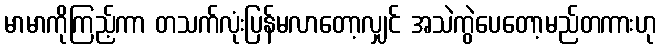
မာမာကိုကြည့်ကာ တသက်လုံးပြန်မလာတော့လျှင် အသဲကွဲပေတော့မည်တကားဟု